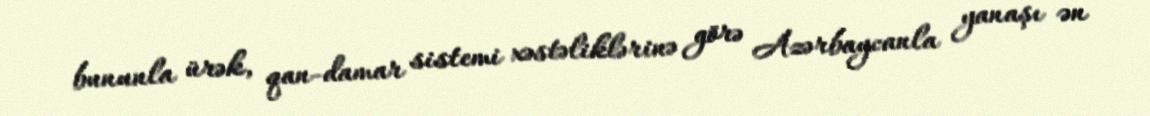
bununla ürək, qan-damar sistemi xəstəliklərinə görə Azərbaycanla yanaşı ən